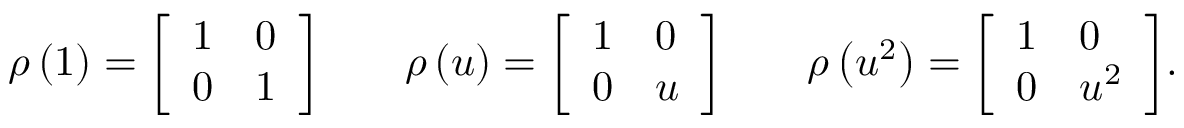
\rho \left( 1 \right) = { \left[ \begin{array} { l l } { 1 } & { 0 } \\ { 0 } & { 1 } \end{array} \right] } \qquad \rho \left( u \right) = { \left[ \begin{array} { l l } { 1 } & { 0 } \\ { 0 } & { u } \end{array} \right] } \qquad \rho \left( u ^ { 2 } \right) = { \left[ \begin{array} { l l } { 1 } & { 0 } \\ { 0 } & { u ^ { 2 } } \end{array} \right] } .